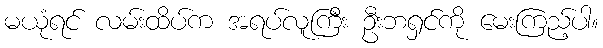
မယုံရင် လမ်းထိပ်က အရပ်လူကြီး ဦးဘရှင်ကို မေးကြည့်ပါ။